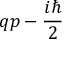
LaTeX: q p - { \frac { i \hbar } { 2 } }